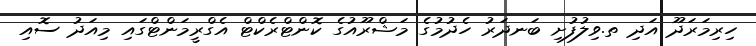
ހިރިމަރަދޫ އަދި ތ.ވިލުފުށި ބަނދަރު ހެދުމުގެ މަޝްރޫއުގެ ކޮންޓްރެކްޓް އެގްރީމަންޓްގައި މިއަދު ސޮއި